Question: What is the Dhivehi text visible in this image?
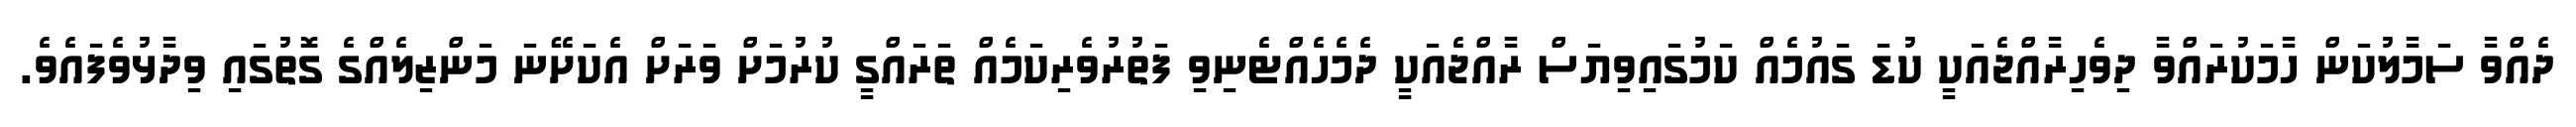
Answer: ދެއްވާ ސަމާލުކަން ހާމަކުރައްވާ ދިވެހިރާއްޖެއަކީ ކުޑަ ގައުމެއް ކަމުގައިވިޔަސް ރާއްޖެއަކީ ދެމެހެއްޓެނިވި ފަތުރުވެރިކަމެއް ތަރައްގީ ކުރުމަށް ވަރަށް އެކަށޭނަ މަންޒިލެއްގެ ގޮތުގައި ވިދާޅުވެފައެވެ.